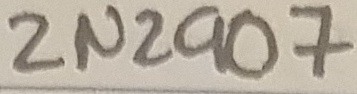
Text: 2N2907